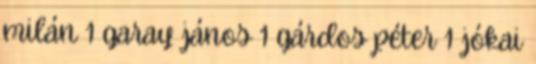
milán 1 garay jános 1 gárdos péter 1 jókai